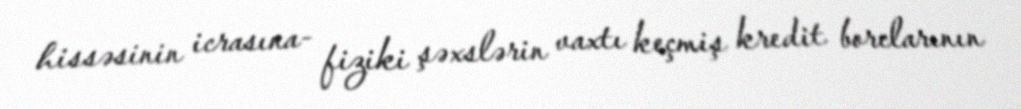
hissəsinin icrasına- fiziki şəxslərin vaxtı keçmiş kredit borclarının